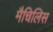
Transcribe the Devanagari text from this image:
मैचिलिस